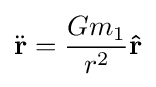
{\ddot {\mathbf {r} }}={\frac {Gm_{1}}{r^{2}}}\mathbf {\hat {r}}